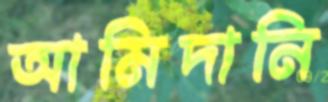
আমিদানি